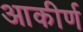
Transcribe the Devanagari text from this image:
आकीर्ण